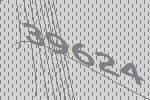
39624